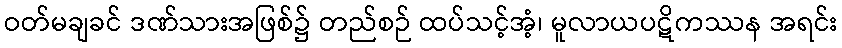
ဝတ်မချခင် ဒဏ်သားအဖြစ်၌ တည်စဉ် ထပ်သင့်အံ့၊ မူလာယပဋိကဿန အရင်း